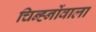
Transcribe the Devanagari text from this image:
चिन्ह्नोंवाला